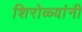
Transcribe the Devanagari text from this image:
शिरोळ्यांनी